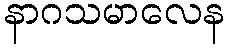
နာဂသမာလေန